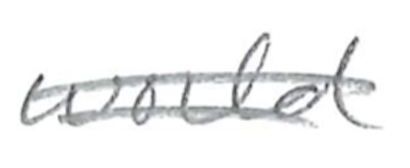
Text: world
Cross-out: double-line
Writing tool: pencil